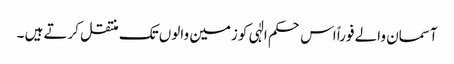
آسمان والے فوراً اس حکم الٰہی کو زمین والوں تک منتقل کرتے ہیں ۔